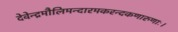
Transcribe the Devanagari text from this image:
देवेन्द्रमौलिमन्दारमकरन्दकणारुणाः।